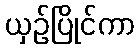
ယှဉ်ပြိုင်ကာ